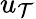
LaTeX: u_{\mathcal{T}}